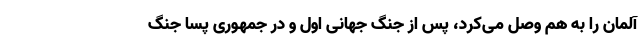
آلمان را به هم وصل می‌کرد، پس از جنگ جهانی اول و در جمهوری پسا جنگ